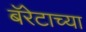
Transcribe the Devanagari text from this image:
बॅरेटाच्या